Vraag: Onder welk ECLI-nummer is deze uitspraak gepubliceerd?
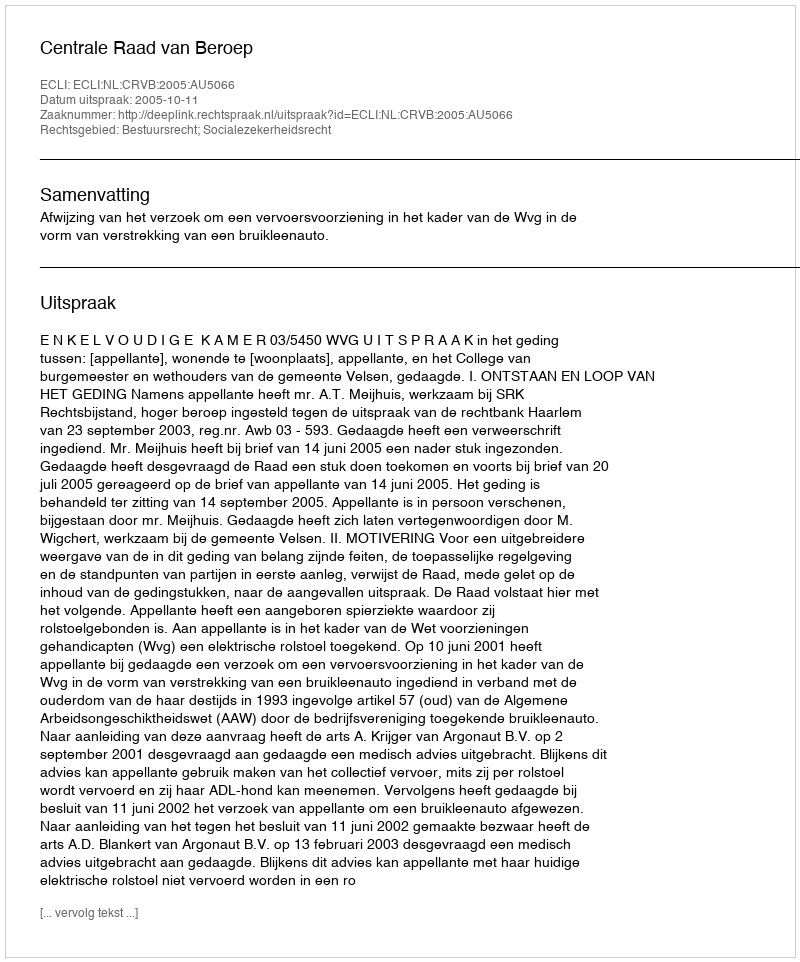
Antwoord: ECLI:NL:CRVB:2005:AU5066